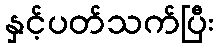
နှင့်ပတ်သက်ပြီး